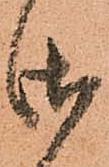
御